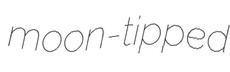
moon-tipped